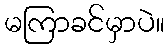
မကြာခင်မှာပဲ။